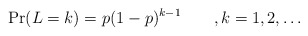
\begin{align*}\Pr(L=k)=p(1-p)^{k-1}\qquad,k=1,2,\ldots\end{align*}